Report on the treatment of epidemic cholera: from information collected by the governments of Bengal, Madras, Bombay, N.W. Provinces, Punjab, Oudh, and Central India, by order of the Government of India
Disease focus: Cholera
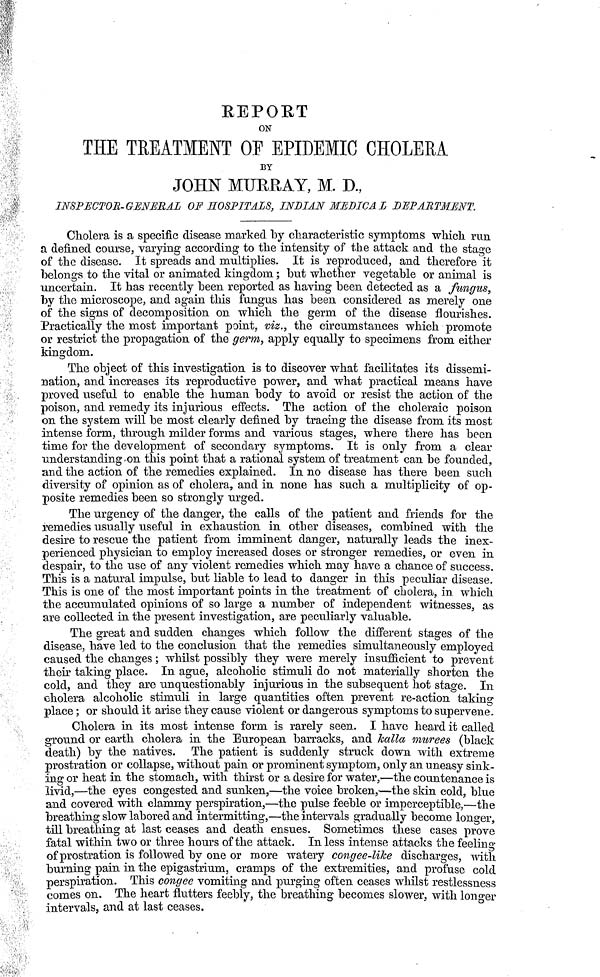
REPORT
ON
THE TREATMENT OF EPIDEMIC CHOLERA
BY
JOHN MURRAY, M. D.,
INSPECTOR-GENERAL OF HOSPITALS, INDIAN MEDICAL DEPARTMENT.
Cholera is a specific disease marked by characteristic symptoms which run
a defined course, varying according to the intensity of the attack and the stage
of the disease. It spreads and multiplies. It is reproduced, and therefore it
belongs to the vital or animated kingdom; but whether vegetable or animal is
uncertain. It has recently been reported as having been detected as a fungus,
by the microscope, and again this fungus has been considered as merely one
of the signs of decomposition on which the germ, of the disease flourishes.
Practically the most important point, viz., the circumstances which promote
or restrict the propagation of the germ, apply equally to specimens from either
kingdom.
The object of this investigation is to discover what facilitates its dissemi-
nation, and increases its reproductive power, and what practical means have
proved useful to enable the human body to avoid or resist the action of the
poison, and remedy its injurious effects. The action of the choleraic poison
on the system will be most clearly defined by tracing the disease from its most
intense form, through milder forms and various stages, where there has been
time for the development of secondary symptoms. It is only from a clear
understanding on this point that a rational system of treatment can be founded,
and the action of the remedies explained. In no disease has there been such
diversity of opinion as of cholera, and in none has such a multiplicity of op-
posite remedies been so strongly urged.
The urgency of the danger, the calls of the patient and friends for the
remedies usually useful in exhaustion in other diseases, combined with the
desire to rescue the patient from imminent danger, naturally leads the inex-
perienced physician to employ increased doses or stronger remedies, or even in
despair, to the use of any violent remedies which may have a chance of success.
This is a natural impulse, but liable to lead to danger in this peculiar disease.
This is one of the most important points in the treatment of cholera, in which
the accumulated opinions of so large a number of independent witnesses, as
are collected in the present investigation, are peculiarly valuable.
The great and sudden changes which follow the different stages of the
disease, have led to the conclusion that the remedies simultaneously employed
caused the changes; whilst possibly they were merely insufficient to prevent
their taking place. In ague, alcoholic stimuli do not materially shorten the
cold, and they are unquestionably injurious in the subsequent hot stage. In
cholera alcoholic stimuli in large quantities often prevent re-action taking
place; or should it arise they cause violent or dangerous symptoms to supervene.
Cholera in its most intense form is rarely seen. I have heard it called
ground or earth cholera in the European barracks, and kalla murees (black
death) by the natives. The patient is suddenly struck down with extreme
prostration or collapse, without pain or prominent symptom, only an uneasy sink-
ing or heat in the stomach, with thirst or a desire for water,—the countenance is
livid,—the eyes congested and sunken,—the voice broken,—the skin cold, blue
and covered with clammy perspiration,—the pulse feeble or imperceptible,—the
breathing slow labored and intermitting,—the intervals gradually become longer,
till breathing at last ceases and death ensues. Sometimes these cases prove
fatal within two or three hours of the attack. In less intense attacks the feeling
of prostration is followed by one or more watery congee-like discharges, with
burning pain in the epigastrium, cramps of the extremities, and profuse cold
perspiration. This congee vomiting and purging often ceases whilst restlessness
comes on. The heart flutters feebly, the breathing becomes slower, with longer
intervals, and at last ceases.